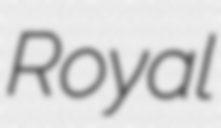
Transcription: Royal